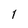
Character: 1